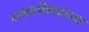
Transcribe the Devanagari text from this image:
दलदलीसारख्या